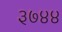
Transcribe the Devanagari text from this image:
३७४४